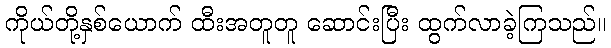
ကိုယ်တို့နှစ်ယောက် ထီးအတူတူ ဆောင်းပြီး ထွက်လာခဲ့ကြသည်။